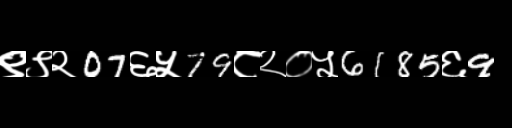
Text: ९९२07६५79८२०५6185६9